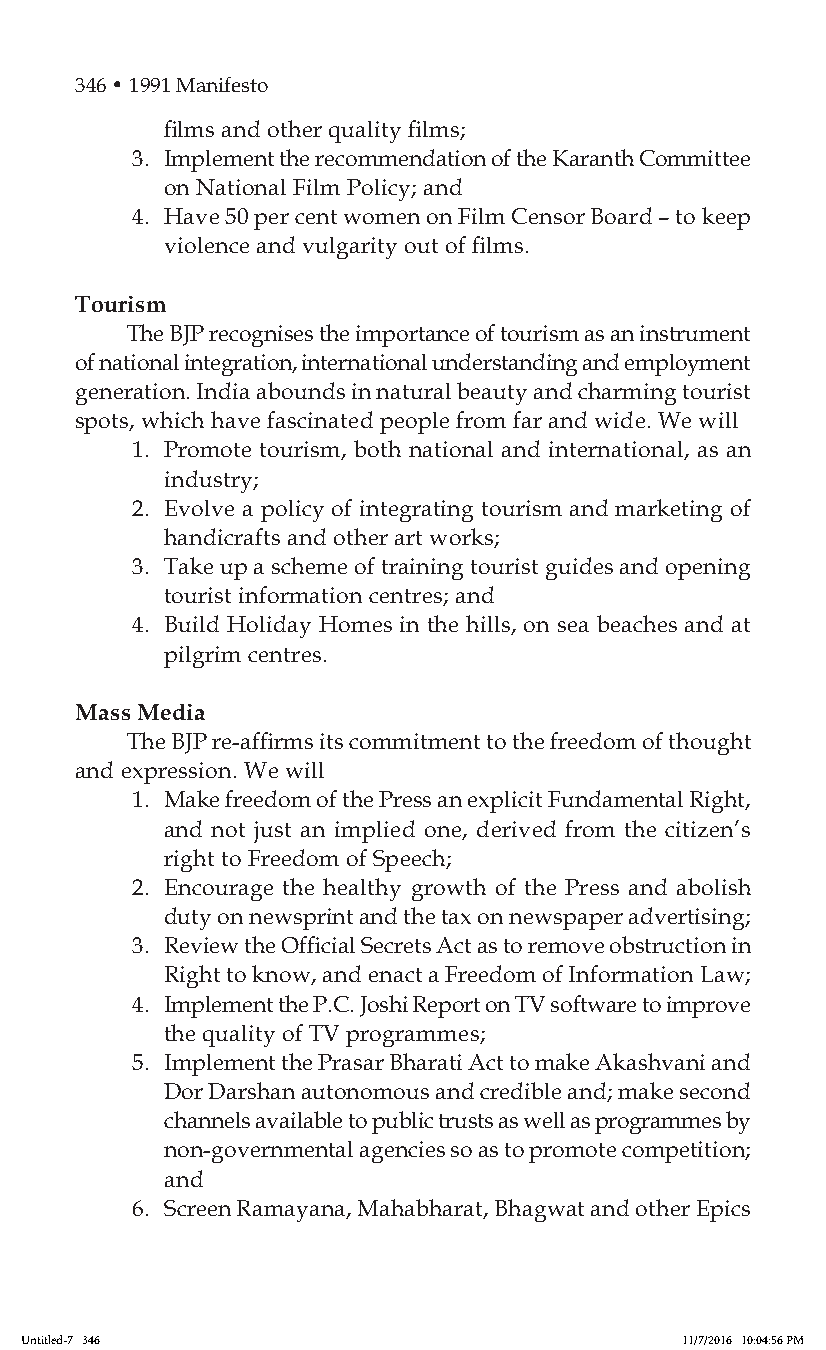
346 • 1991 Manifesto
 films and other quality films;
 3. Implement the recommendation of the Karanth Committee
 on National Film Policy; and
 4. Have 50 per cent women on Film Censor Board – to keep
 violence and vulgarity out of films.
 Tourism
 The BJP recognises the importance of tourism as an instrument
 of national integration, international understanding and employment
 generation. India abounds in natural beauty and charming tourist
 spots, which have fascinated people from far and wide. We will
 1. Promote tourism, both national and international, as an
 industry;
 2. Evolve a policy of integrating tourism and marketing of
 handicrafts and other art works;
 3. Take up a scheme of training tourist guides and opening
 tourist information centres; and
 4. Build Holiday Homes in the hills, on sea beaches and at
 pilgrim centres.
 Mass Media
 The BJP re-affirms its commitment to the freedom of thought
 and expression. We will
 1. Make freedom of the Press an explicit Fundamental Right,
 and not just an implied one, derived from the citizen’s
 right to Freedom of Speech;
 2. Encourage the healthy growth of the Press and abolish
 duty on newsprint and the tax on newspaper advertising;
 3. Review the Official Secrets Act as to remove obstruction in
 Right to know, and enact a Freedom of Information Law;
 4. Implement the P.C. Joshi Report on TV software to improve
 the quality of TV programmes;
 5. Implement the Prasar Bharati Act to make Akashvani and
 Dor Darshan autonomous and credible and; make second
 channels available to public trusts as well as programmes by
 non-governmental agencies so as to promote competition;
 and
 6. Screen Ramayana, Mahabharat, Bhagwat and other Epics
 Untitled-7 346                              11/7/2016 10:04:56 PM